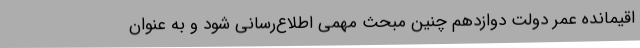
اقیمانده عمر دولت دوازدهم چنین مبحث مهمی اطلاع‌رسانی شود و به عنوان